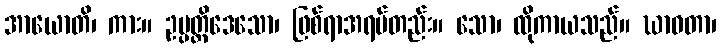
အာယောတိ၊ ကား။ ဥပ္ပတ္တိဒေသော၊ ဖြစ်ရာအရပ်တည်း။ သော၊ ထိုကာယသည်။ ဃာဝတာ၊